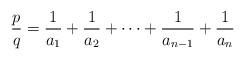
LaTeX: \begin{align*}\frac{p}{q} = \frac{1}{a_1} + \frac{1}{a_2} + \cdots + \frac{1}{a_{n-1}} + \frac{1}{a_n}\end{align*}